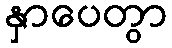
နှာပေတွာ